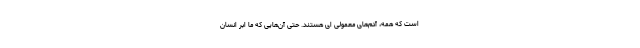
است که همه، آدم‌های معمولی‌ ای هستند. حتی آن‌هایی که ما ابر انسان